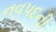
નવપદની